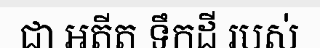
ជា អតីត ទឹកដី របស់